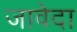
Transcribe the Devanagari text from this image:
जावेदा